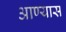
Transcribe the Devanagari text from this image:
आण्यास